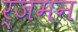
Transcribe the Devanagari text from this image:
र्जमन